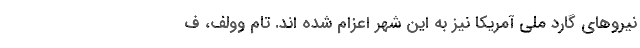
نیروهای گارد ملی آمریکا نیز به این شهر اعزام شده اند. تام وولف، ف